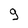
Character: 9